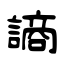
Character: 謪